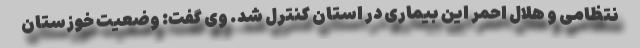
نتظامی و هلال احمر این بیماری در استان کنترل شد. وی گفت: وضعیت خوزستان